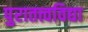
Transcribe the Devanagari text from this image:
पुरातत्त्वविद्या